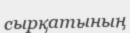
сырқатының